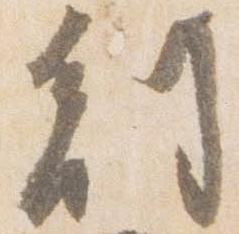
副